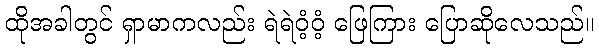
ထိုအခါတွင် ရှာမာကလည်း ရဲရဲဝံ့ဝံ့ ဖြေကြား ပြောဆိုလေသည်။